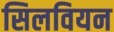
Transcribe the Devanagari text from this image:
सिलवियन